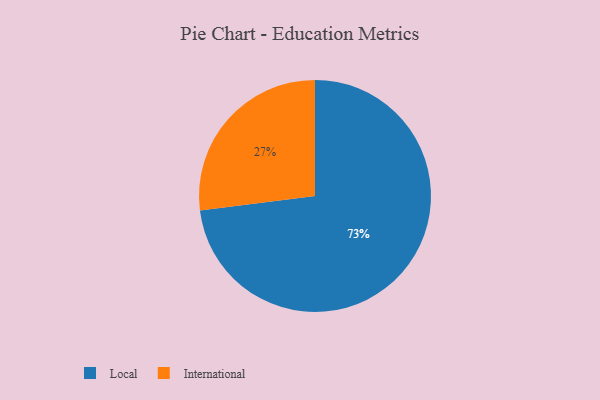
{"axis": {"x": "Category", "y": "Percentage"}, "legend": ["International", "Local"], "data": [{"x": "International", "y": 27, "type": "International"}, {"x": "Local", "y": 73, "type": "Local"}]}